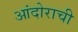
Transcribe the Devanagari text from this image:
आंदोराची